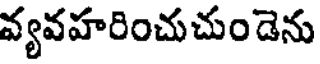
వ్యవహరించుచుండెను